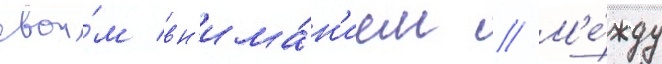
свои́м вн'има́н'ием // М'е́жду